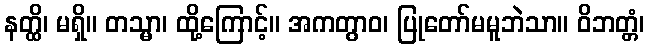
နတ္ထိ၊ မရှိ။ တသ္မာ၊ ထို့ကြောင့်။ အကတွာဝ၊ ပြုတော်မမူဘဲသာ။ ဝိဘတ္တံ၊